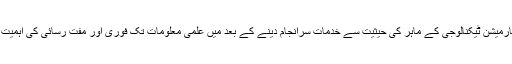
تعلیمی شعبے میں انفارمیشن ٹیکنالوجی کے ماہر کی حیثیت سے خدمات سرانجام دینے کے بعد میں علمی معلومات تک فوری اور مفت رسائی کی اہمیت سے بخوبی آگاہ ہوں۔